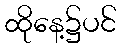
ထိုနေ့၌ပင်